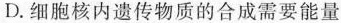
D.细胞核内遗传物质的合成需要能量